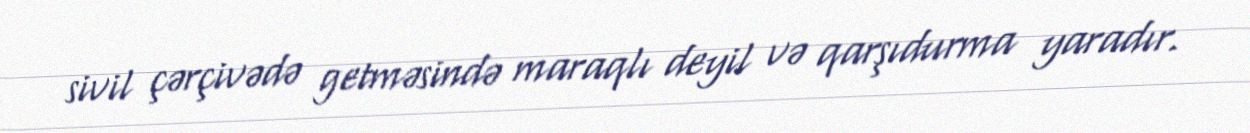
sivil çərçivədə getməsində maraqlı deyil və qarşıdurma yaradır.